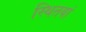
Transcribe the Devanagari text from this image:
स्थितयां